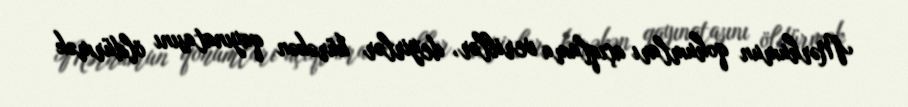
Mərhumun qohumları açıqlama veriblər, deyirlər kürəkən qayınatasını öldürmək